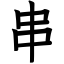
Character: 串